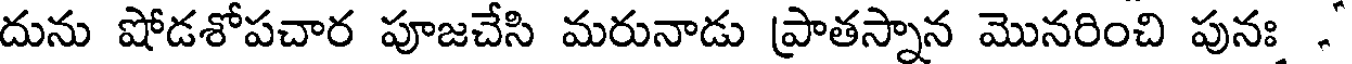
దును షోడశోపచార పూజచేసి మరునాడు ప్రాతస్నాన మొనరించి పునః .